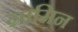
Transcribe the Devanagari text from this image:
ग्रामिन